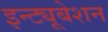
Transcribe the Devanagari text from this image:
इन्ट्यूबेशन